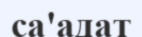
са'адат